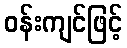
ဝန်းကျင်ဖြင့်